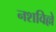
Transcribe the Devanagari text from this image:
नशविल्ले